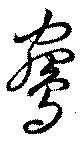
鵷